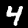
Label: 4